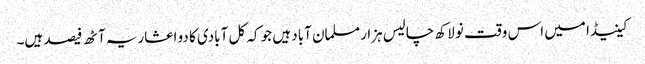
کینیڈا میں اس وقت نو لاکھ چالیس ہزار مسلمان آباد ہیں جو کہ کل آبادی کا دو اعشاریہ آٹھ فیصد ہیں۔